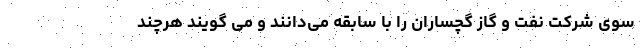
سوی شرکت نفت و گاز گچساران را با سابقه می‌دانند و می گویند هرچند